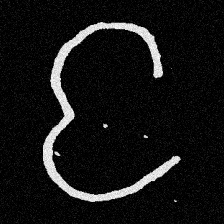
Pyu character \u2014 Myanmar letter: င (romanized: nga)